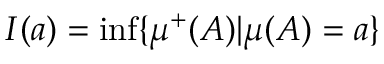
I ( a ) = \operatorname* { i n f } \{ \mu ^ { + } ( A ) | \mu ( A ) = a \}